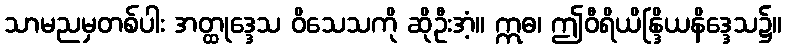
သာမညမှတစ်ပါး အတ္ထုဒ္ဒေသ ဝိသေသကို ဆိုဦးအံ့။ ဣဓ၊ ဤဝီရိယိန္ဒြိယနိဒ္ဒေသ၌။